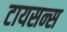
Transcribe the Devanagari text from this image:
टायसन्स